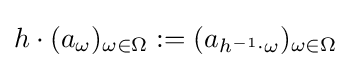
h\cdot (a_{\omega })_{\omega \in \Omega }:=(a_{h^{-1}\cdot \omega })_{\omega \in \Omega }